General report no. 6 on the lunatic asylums, vaccination and dispensaries in the Bengal Presidency, 1873 -
Year: 1873
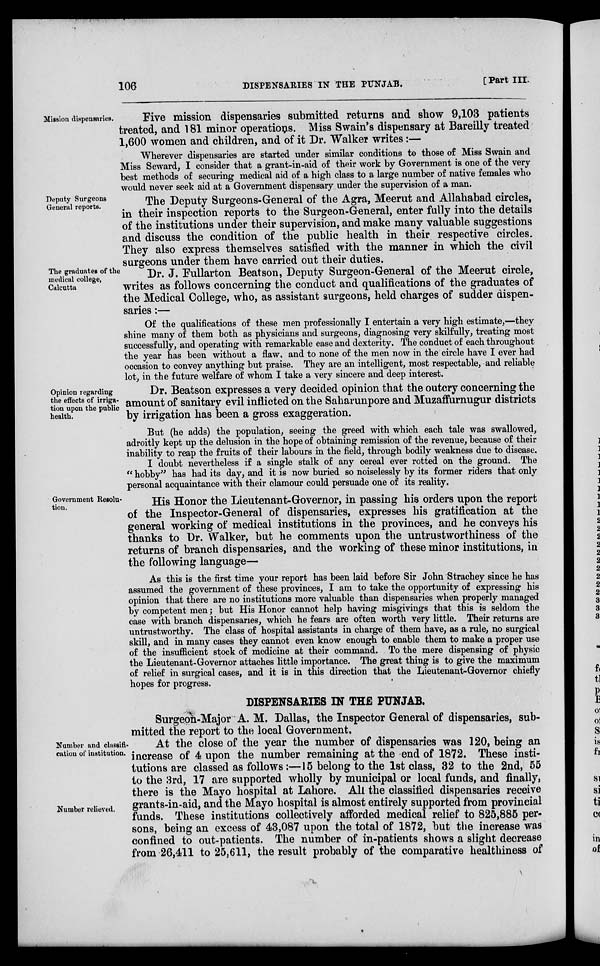
106
DISPENSARIES IN THE PUNJAB.
[Part III.
Mission dispensaries.
Five mission dispensaries submitted returns and show 9,103 patients
treated, and 181 minor operations. Miss Swain's dispensary at Bareilly treated
1,600 women and children, and of it Dr. Walker writes:—
Wherever dispensaries are started under similar conditions to those of Miss Swain and
Miss Seward, I consider that a grant-in-aid of their work by Government is one of the very.
best methods of securing medical aid of a high class to a large number of native females who
would never seek aid at a Government dispensary under the supervision of a man.
Deputy Surgeons
General reports.
The Deputy Surgeons-General of the Agra, Meerut and Allahabad circles,
in their inspection reports to the Surgeon-General, enter fully into the details
of the institutions under their supervision, and make many valuable suggestions
and discuss the condition of the public health in their respective circles.
They also express themselves satisfied with the manner in which the civil
surgeons under them have carried out their duties.
The graduates of the
medical college,
Calcutta
Dr. J. Fullarton Beatson, Deputy Surgeon-General of the Meerut circle,
writes as follows concerning the conduct and qualifications of the graduates of
the Medical College, who, as assistant surgeons, held charges of sudder dispen-
saries :—
Of the qualifications of these men professionally I entertain a very high estimate,—they
shine many of them both as physicians and surgeons, diagnosing very skilfully, treating most
successfully, and operating with remarkable ease and dexterity. The conduct of each throughout
the year has been without a flaw, and to none of the men now in the circle have I ever had
occasion to convey anything but praise. They are an intelligent, most respectable, and reliable
lot. in the future welfare of whom I take a very sincere and deep interest.
Opinion regarding
the effects of irriga-
tion upon the public
health.
Dr. Beatson expresses a very decided opinion that the outcry concerning the
amount of sanitary evil inflicted on the Saharunpore and Muzaffurnugur districts
by irrigation has been a gross exaggeration.
But (he adds) the population, seeing the greed with which each tale was swallowed,
adroitly kept up the delusion in the hope of obtaining remission of the revenue, because of their
inability to reap the fruits of their labours in the field, through bodily weakness due to disease.
I doubt nevertheless if a single stalk of any cereal ever rotted on the ground. The
" hobby" has had its day, and it is now buried so noiselessly by its former riders that only
personal acquaintance with their clamour could persuade one of its reality.
Government Resolu-
tion.
His Honor the Lieutenant-Governor, in passing his orders upon the report
of the Inspector-General of dispensaries, expresses his gratification at the
general working of medical institutions in the provinces, and he conveys his
thanks to Dr. Walker, but he comments upon the untrustworthiness of the
returns of branch dispensaries, and the working of these minor institutions, in
the following language—
As this is the first time your report has been laid before Sir John Strachey since he has
assumed the government of these provinces, I am to take the opportunity of expressing his
opinion that there are no institutions more valuable than dispensaries when properly managed
by competent men; but His Honor cannot help having misgivings that this is seldom the
case with branch dispensaries, which he fears are often worth very little. Their returns are
untrustworthy. The class of hospital assistants in charge of them have, as a rule, no surgical
skill, and in many cases they cannot even know enough to enable them to make a proper use
of the insufficient stock of medicine at their command. To the mere dispensing of physic
the Lieutenant-Governor attaches little importance. The great thing is to give the maximum
of relief in surgical cases, and it is in this direction that the Lieutenant-Governor chiefly
hopes for progress.
DISPENSARIES IN THE PUNJAB.
Surgeon-Major A. M, Dallas, the Inspector General of dispensaries, sub-
mitted the report to the local Government,
Number and classifi-
cation of institution.
Number relieved.
At the close of the year the number of dispensaries was 120, being an
increase of 4 upon the number remaining at the end of 1872. These insti-
tutions are classed as follows:—15 belong to the 1st class, 32 to the 2nd, 55
to the 3rd, 17 are supported wholly by municipal or local funds, and finally,
there is the Mayo hospital at Lahore. All the classified dispensaries receive
grants-in-aid, and the Mayo hospital is almost entirely supported from provincial
funds. These institutions collectively afforded medical relief to 825,885 per-
sons, being an excess of 43,087 upon the total of 1872, but the increase was
confined to out-patients. The number of in-patients shows a slight decrease
from 26,411 to 25,611, the result probably of the comparative healthiness of